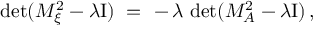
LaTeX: \operatorname * { d e t } ( M _ { \xi } ^ { 2 } - \lambda \mathrm { I } ) \ = \ - \, \lambda \, \operatorname * { d e t } ( M _ { A } ^ { 2 } - \lambda \mathrm { I } ) \, ,